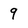
Character: 9